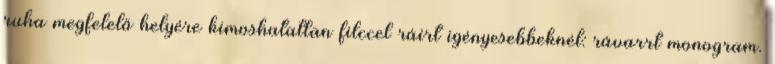
ruha megfelelő helyére kimoshatatlan filccel ráírt igényesebbeknél: rávarrt monogram.